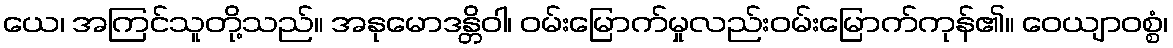
ယေ၊ အကြင်သူတို့သည်။ အနုမောဒန္တိဝါ၊ ဝမ်းမြောက်မှုလည်းဝမ်းမြောက်ကုန်၏။ ဝေယျာဝစ္စံ၊